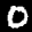
Label: 0